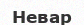
Невар